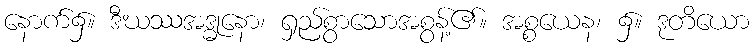
နောက်၌။ ဒီဃဿအဒ္ဓုနော၊ ရှည်စွာသောအစွန့်၏။ အစ္စယေန၊ ၌။ ဒုတိယော